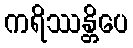
ကရိဿန္တိပေ